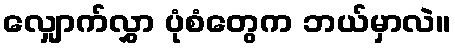
လျှောက်လွှာ ပုံစံတွေက ဘယ်မှာလဲ။